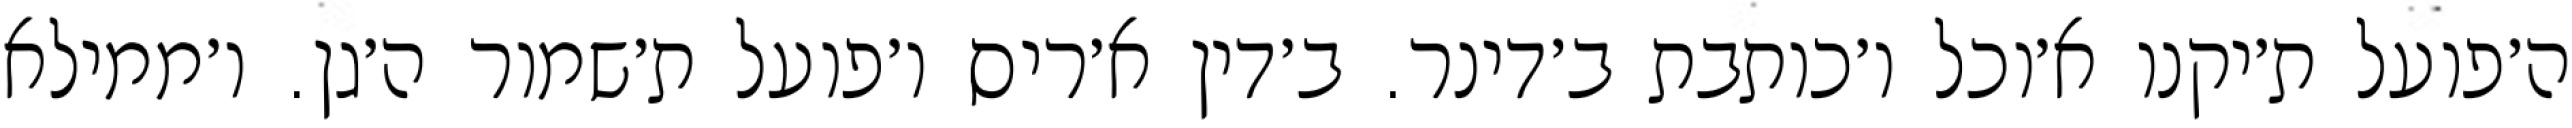
ה׳פועל ת׳יקנו א׳וכל ו׳כותבת ב׳דינר. ב׳דין א׳ריס ו׳פועל ת׳שמור ה׳גן. ו׳ממילא